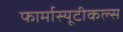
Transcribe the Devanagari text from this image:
फार्मास्यूटीकल्स